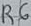
Text: R6